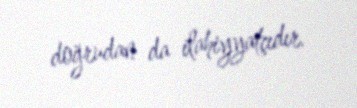
doğrudan da ilahiyyatçıdır.